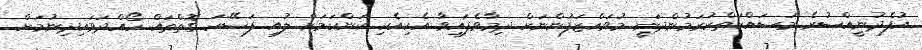
އުފެދުނީއްސުރެ މަސައްކަތްކުރަމުންދަނީ މުވައްޒަފުންނަށް ދިމާވެފައިވާ އެކިއެކި ކަންކަމަށް ލުއި ފަސޭހަ ގޮތްތައް ހޯއްދަވައިދިނުމަށް